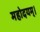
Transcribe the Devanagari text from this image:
महोदयम्।